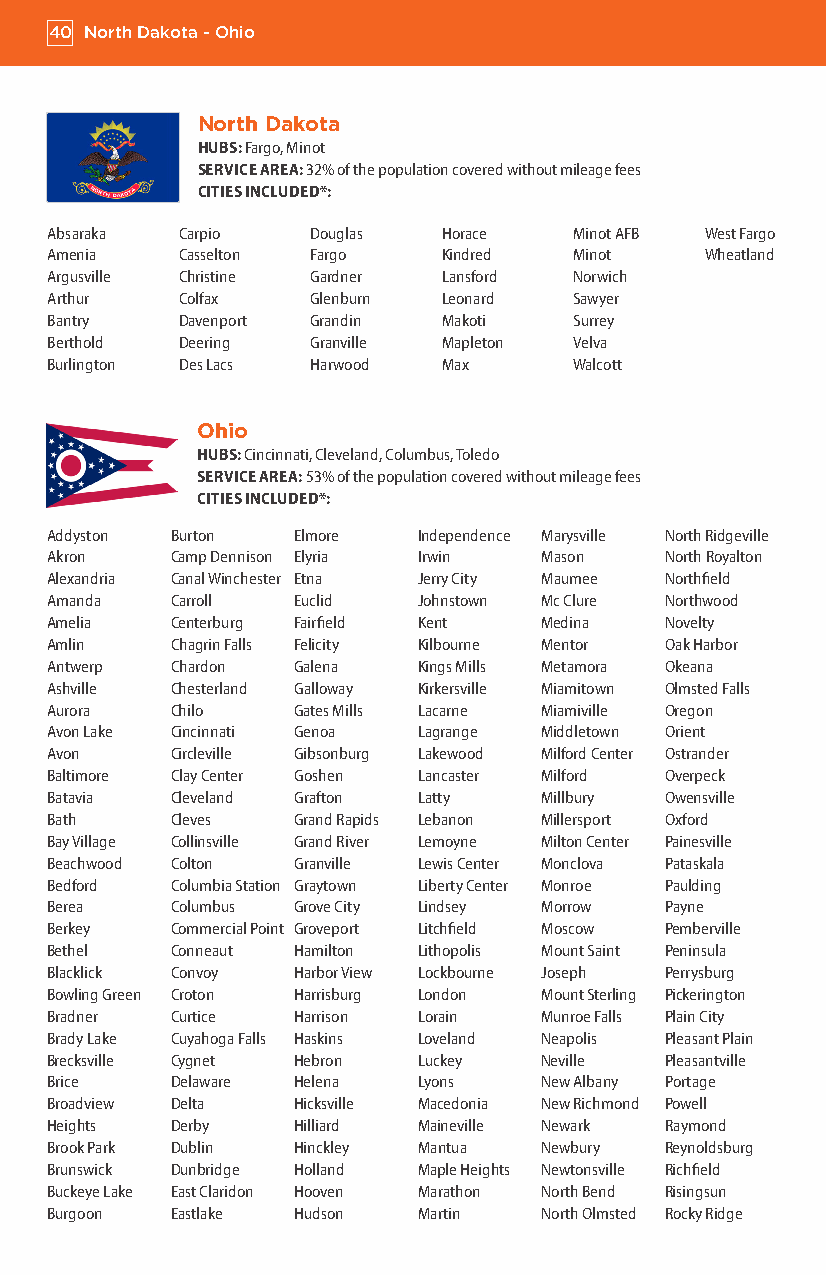
40 North Dakota - Ohio
 North Dakota
 HUBS: Fargo, Minot
 SERVICE AREA: 32% of the population covered without mileage fees
 CITIES INCLUDED*:
 Absaraka Carpio   Douglas Horace   Minot AFB West Fargo
 Amenia   Casselton Fargo  Kindred  Minot    Wheatland
 Argusville Christine Gardner Lansford Norwich
 Arthur   Colfax   Glenburn Leonard Sawyer
 Bantry   Davenport Grandin Makoti  Surrey
 Berthold Deering  Granville Mapleton Velva
 Burlington Des Lacs Harwood Max    Walcott
 Ohio
 HUBS: Cincinnati, Cleveland, Columbus, Toledo
 SERVICE AREA: 53% of the population covered without mileage fees
 CITIES INCLUDED*:
 Addyston Burton Elmore   Independence Marysville North Ridgeville
 Akron   Camp Dennison Elyria Irwin Mason North Royalton
 Alexandria Canal Winchester Etna Jerry City Maumee Northfield
 Amanda  Carroll Euclid   Johnstown Mc Clure Northwood
 Amelia  Centerburg Fairfield Kent Medina Novelty
 Amlin   Chagrin Falls Felicity Kilbourne Mentor Oak Harbor
 Antwerp Chardon Galena   Kings Mills Metamora Okeana
 Ashville Chesterland Galloway Kirkersville Miamitown Olmsted Falls
 Aurora  Chilo   Gates Mills Lacarne Miamiville Oregon
 Avon Lake Cincinnati Genoa Lagrange Middletown Orient
 Avon    Circleville Gibsonburg Lakewood Milford Center Ostrander
 Baltimore Clay Center Goshen Lancaster Milford Overpeck
 Batavia Cleveland Grafton Latty  Millbury Owensville
 Bath    Cleves  Grand Rapids Lebanon Millersport Oxford
 Bay Village Collinsville Grand River Lemoyne Milton Center Painesville
 Beachwood Colton Granville Lewis Center Monclova Pataskala
 Bedford Columbia Station Graytown Liberty Center Monroe Paulding
 Berea   Columbus Grove City Lindsey Morrow Payne
 Berkey  Commercial Point Groveport Litchfield Moscow Pemberville
 Bethel  Conneaut Hamilton Lithopolis Mount Saint Peninsula
 Blacklick Convoy Harbor View Lockbourne Joseph Perrysburg
 Bowling Green Croton Harrisburg London Mount Sterling Pickerington
 Bradner Curtice Harrison Lorain  Munroe Falls Plain City
 Brady Lake Cuyahoga Falls Haskins Loveland Neapolis Pleasant Plain
 Brecksville Cygnet Hebron Luckey Neville Pleasantville
 Brice   Delaware Helena  Lyons   New Albany Portage
 Broadview Delta Hicksville Macedonia New Richmond Powell
 Heights Derby   Hilliard Maineville Newark Raymond
 Brook Park Dublin Hinckley Mantua Newbury Reynoldsburg
 Brunswick Dunbridge Holland Maple Heights Newtonsville Richfield
 Buckeye Lake East Claridon Hooven Marathon North Bend Risingsun
 Burgoon Eastlake Hudson  Martin  North Olmsted Rocky Ridge